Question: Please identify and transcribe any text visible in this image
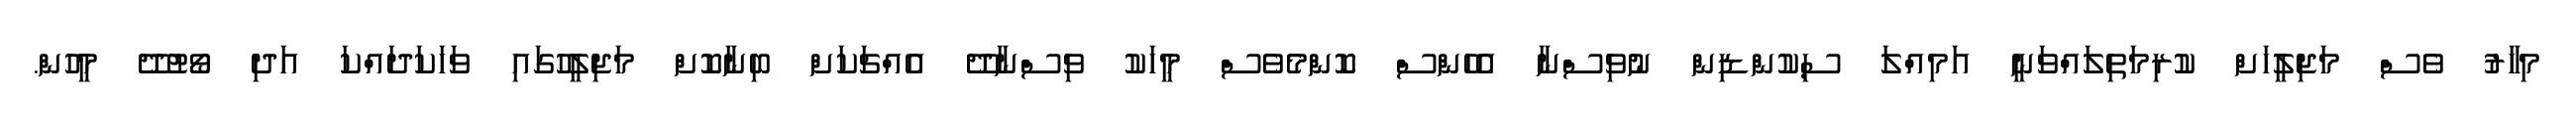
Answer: މިހާރު ވެސް މަޖިލީހަށް ކުރިމަތިލައްވަނީ އަމިއްލަ ސިކުންޑިން ނުވިސްނާ އެހެންސް ކޮންމެވެސް މީހަކު ވިސްނާދޭ އެއްޗަކަށް ބިނާކޮށް މަޖިލީހުގައި ވަހަކަދައްކަ އަދި ވޯޓުދޭ މީހުން.